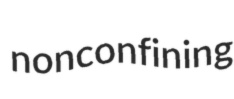
nonconfining